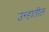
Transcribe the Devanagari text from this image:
उन्हातील